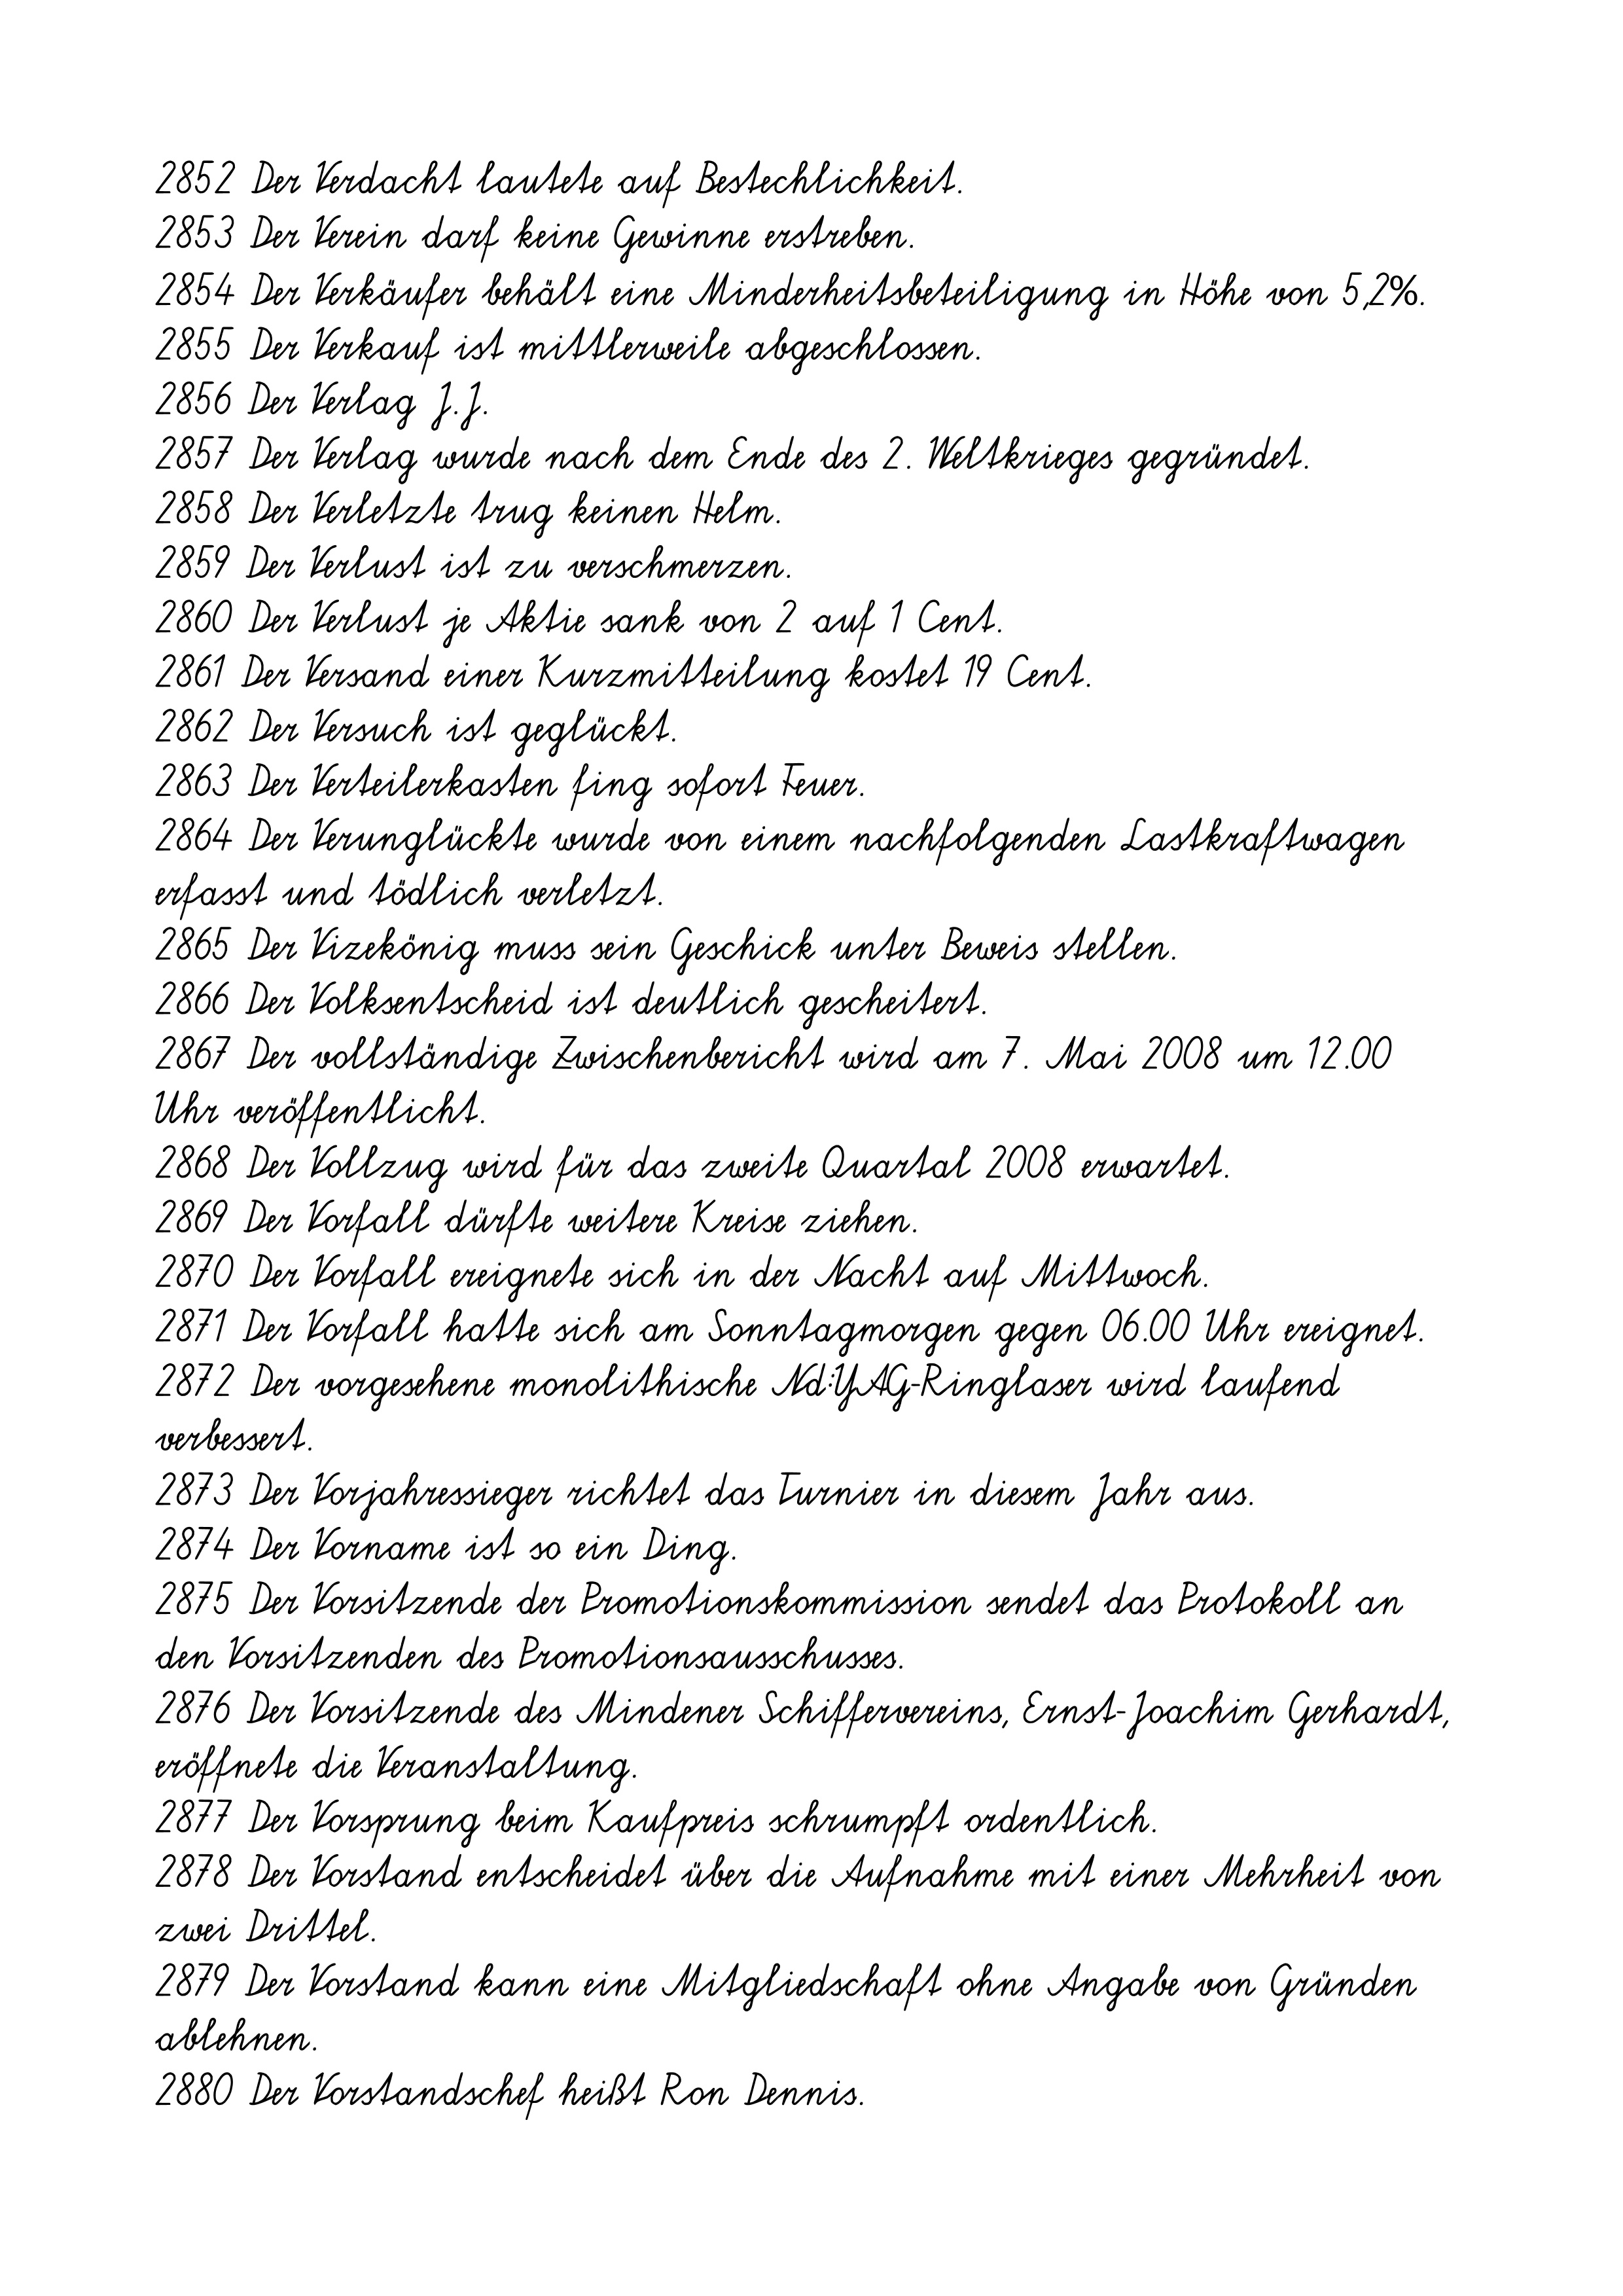
2852 Der Verdacht lautete auf Bestechlichkeit.
2853 Der Verein darf keine Gewinne erstreben.
2854 Der Verkäufer behält eine Minderheitsbeteiligung in Höhe von 5,2%.
2855 Der Verkauf ist mittlerweile abgeschlossen.
2856 Der Verlag J.J.
2857 Der Verlag wurde nach dem Ende des 2. Weltkrieges gegründet.
2858 Der Verletzte trug keinen Helm.
2859 Der Verlust ist zu verschmerzen.
2860 Der Verlust je Aktie sank von 2 auf 1 Cent.
2861 Der Versand einer Kurzmitteilung kostet 19 Cent.
2862 Der Versuch ist geglückt.
2863 Der Verteilerkasten fing sofort Feuer.
2864 Der Verunglückte wurde von einem nachfolgenden Lastkraftwagen
erfasst und tödlich verletzt.
2865 Der Vizekönig muss sein Geschick unter Beweis stellen.
2866 Der Volksentscheid ist deutlich gescheitert.
2867 Der vollständige Zwischenbericht wird am 7. Mai 2008 um 12.00
Uhr veröffentlicht.
2868 Der Vollzug wird für das zweite Quartal 2008 erwartet.
2869 Der Vorfall dürfte weitere Kreise ziehen.
2870 Der Vorfall ereignete sich in der Nacht auf Mittwoch.
2871 Der Vorfall hatte sich am Sonntagmorgen gegen 06.00 Uhr ereignet.
2872 Der vorgesehene monolithische Nd:YAG-Ringlaser wird laufend
verbessert.
2873 Der Vorjahressieger richtet das Turnier in diesem Jahr aus.
2874 Der Vorname ist so ein Ding.
2875 Der Vorsitzende der Promotionskommission sendet das Protokoll an
den Vorsitzenden des Promotionsausschusses.
2876 Der Vorsitzende des Mindener Schiffervereins, Ernst-Joachim Gerhardt,
eröffnete die Veranstaltung.
2877 Der Vorsprung beim Kaufpreis schrumpft ordentlich.
2878 Der Vorstand entscheidet über die Aufnahme mit einer Mehrheit von
zwei Drittel.
2879 Der Vorstand kann eine Mitgliedschaft ohne Angabe von Gründen
ablehnen.
2880 Der Vorstandschef heißt Ron Dennis.